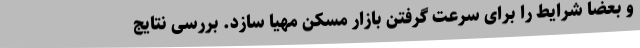
و بعضا شرایط را برای سرعت گرفتن بازار مسکن مهیا سازد. بررسی نتایج